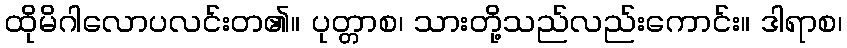
ထိုမိဂါလောပလင်းတ၏။ ပုတ္တာစ၊ သားတို့သည်လည်းကောင်း။ ဒါရာစ၊